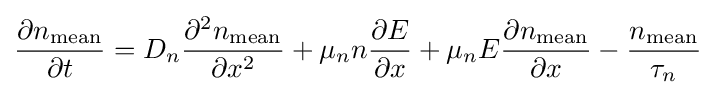
{\frac {\partial n_{\text{mean}}}{\partial t}}=D_{n}{\frac {\partial ^{2}n_{\text{mean}}}{\partial x^{2}}}+\mu _{n}n{\frac {\partial E}{\partial x}}+\mu _{n}E{\frac {\partial n_{\text{mean}}}{\partial x}}-{\frac {n_{\text{mean}}}{\tau _{n}}}